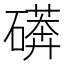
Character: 𱴳